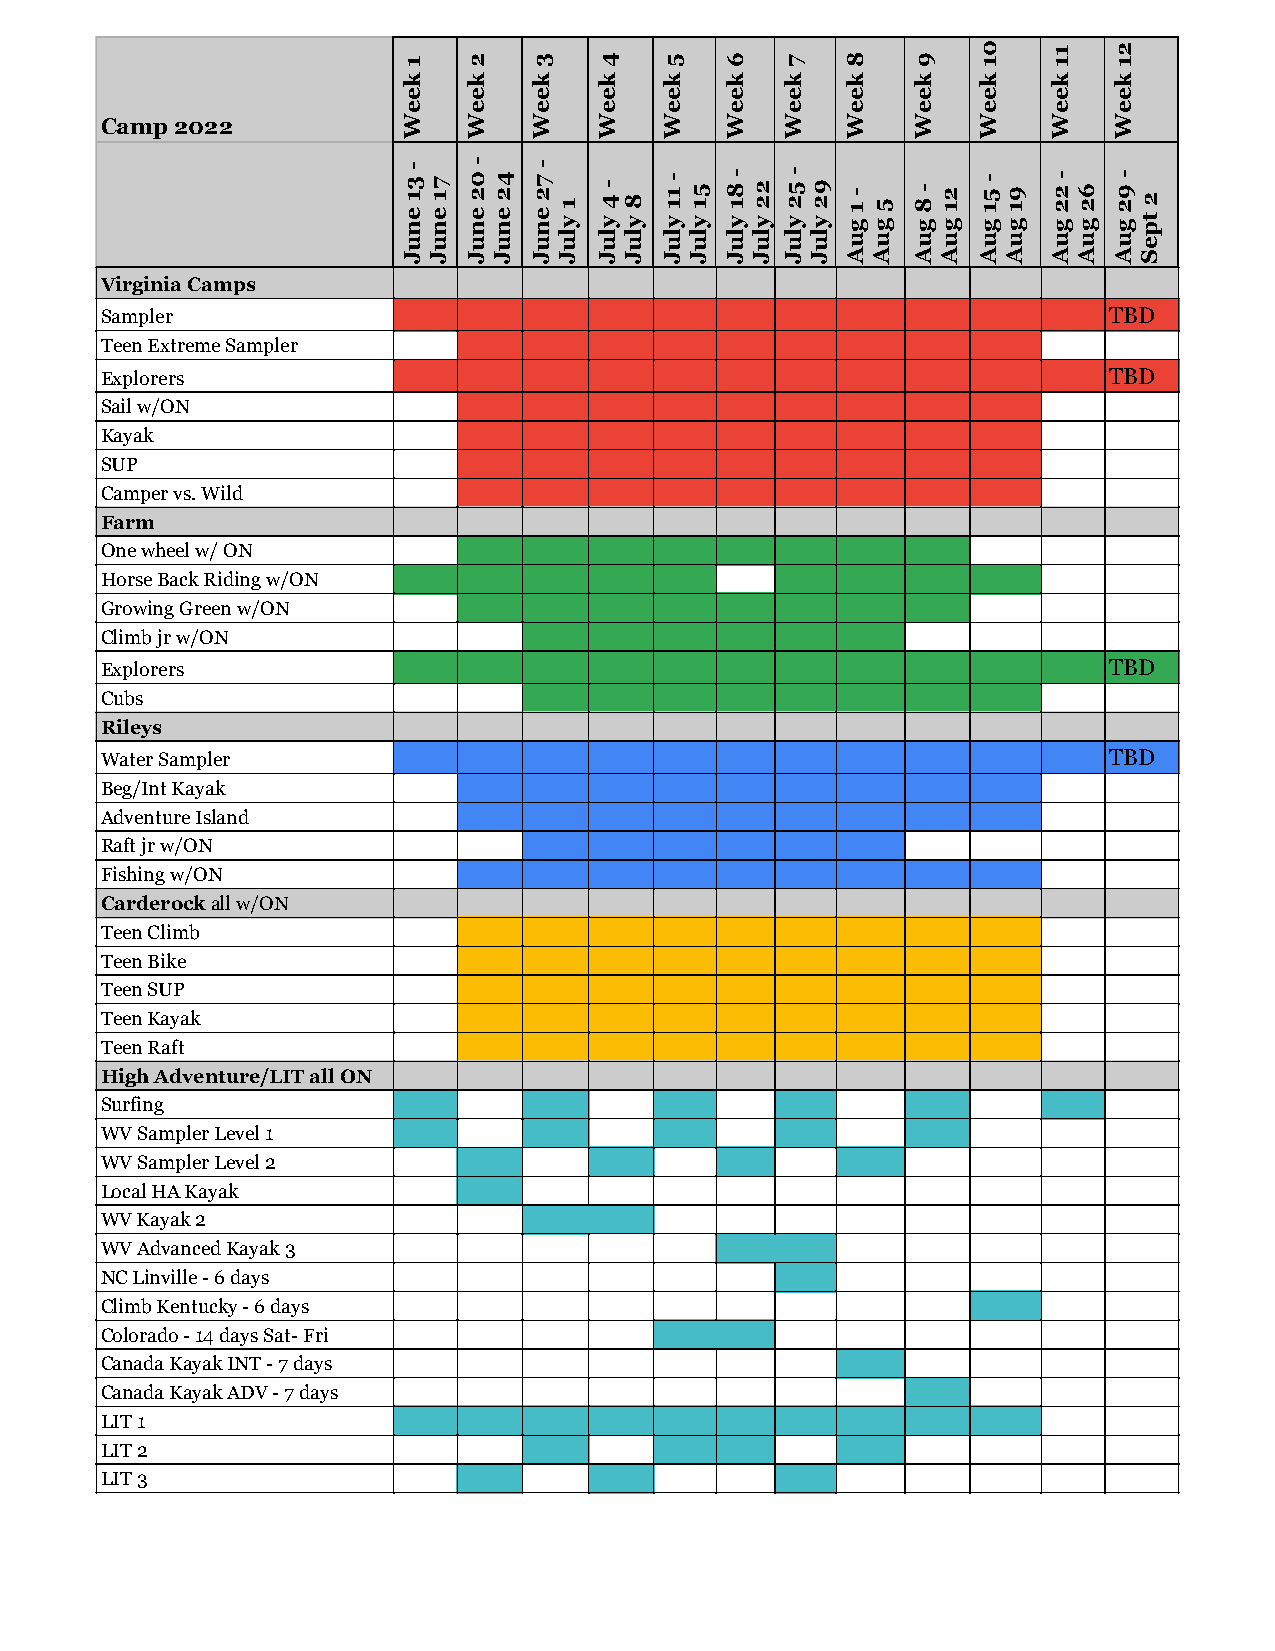
Camp 2022
 Virginia Camps
 Sampler                                                           TBD
 Teen Extreme Sampler
 Explorers                                                         TBD
 Sail w/ON
 Kayak
 SUP
 Camper vs. Wild
 Farm
 One wheel w/ ON
 Horse Back Riding w/ON
 Growing Green w/ON
 Climb jr w/ON
 Explorers                                                         TBD
 Cubs
 Rileys
 Water Sampler                                                     TBD
 Beg/Int Kayak
 Adventure Island
 Raft jr w/ON
 Fishing w/ON
 Carderock all w/ON
 Teen Climb
 Teen Bike
 Teen SUP
 Teen Kayak
 Teen Raft
 High Adventure/LIT all ON
 Surfing
 WV Sampler Level 1
 WV Sampler Level 2
 Local HA Kayak
 WV Kayak 2
 WV Advanced Kayak 3
 NC Linville - 6 days
 Climb Kentucky - 6 days
 Colorado - 14 days Sat- Fri
 Canada Kayak INT - 7 days
 Canada Kayak ADV - 7 days
 LIT 1
 LIT 2
 LIT 3
 1
 keeW
 - 31 enuJ 71 enuJ
 2
 keeW
 - 02 enuJ 42 enuJ
 3
 keeW
 - 72 enuJ 1 yluJ
 4
 keeW
 - 4 yluJ 8 yluJ
 5
 keeW
 - 11 yluJ 51 yluJ
 6
 keeW
 - 81 yluJ 22 yluJ
 7
 keeW
 - 52 yluJ 92 yluJ
 8
 keeW
 - 1 guA 5 guA
 9
 keeW
 - 8 guA 21 guA
 01
 keeW
 - 51 guA 91 guA
 11
 keeW
 - 22 guA 62 guA
 21
 keeW
 - 92 guA 2 tpeS